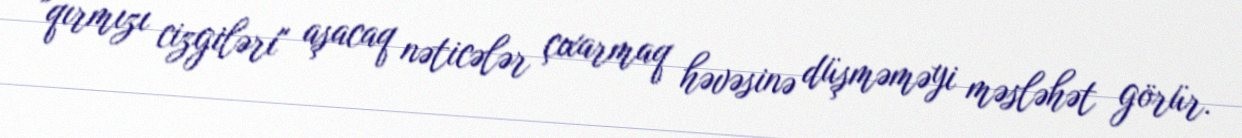
"qırmızı cizgiləri" aşacaq nəticələr çıxarmaq həvəsinə düşməməyi məsləhət görür.